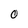
Character: 0